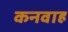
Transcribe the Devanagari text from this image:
कनवाह